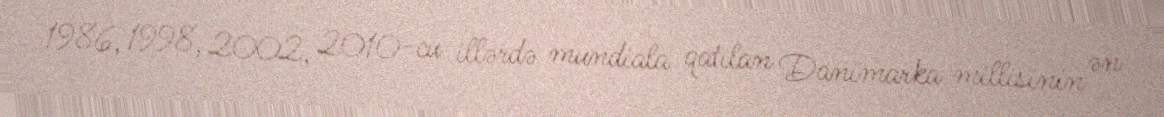
1986, 1998, 2002, 2010-cu illərdə mundiala qatılan Danimarka millisinin ən